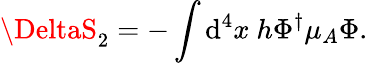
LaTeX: \DeltaS_{2}=-\int\mathrm{d}^{4}x~h\Phi^{\dagger}\mu_{A}\Phi.